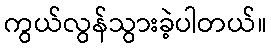
ကွယ်လွန်သွားခဲ့ပါတယ်။